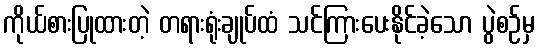
ကိုယ်စားပြုထားတဲ့ တရားရုံးချုပ်ထံ သင်ကြားပေးနိုင်ခဲ့သော ပွဲစဉ်မှ